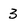
Character: 3